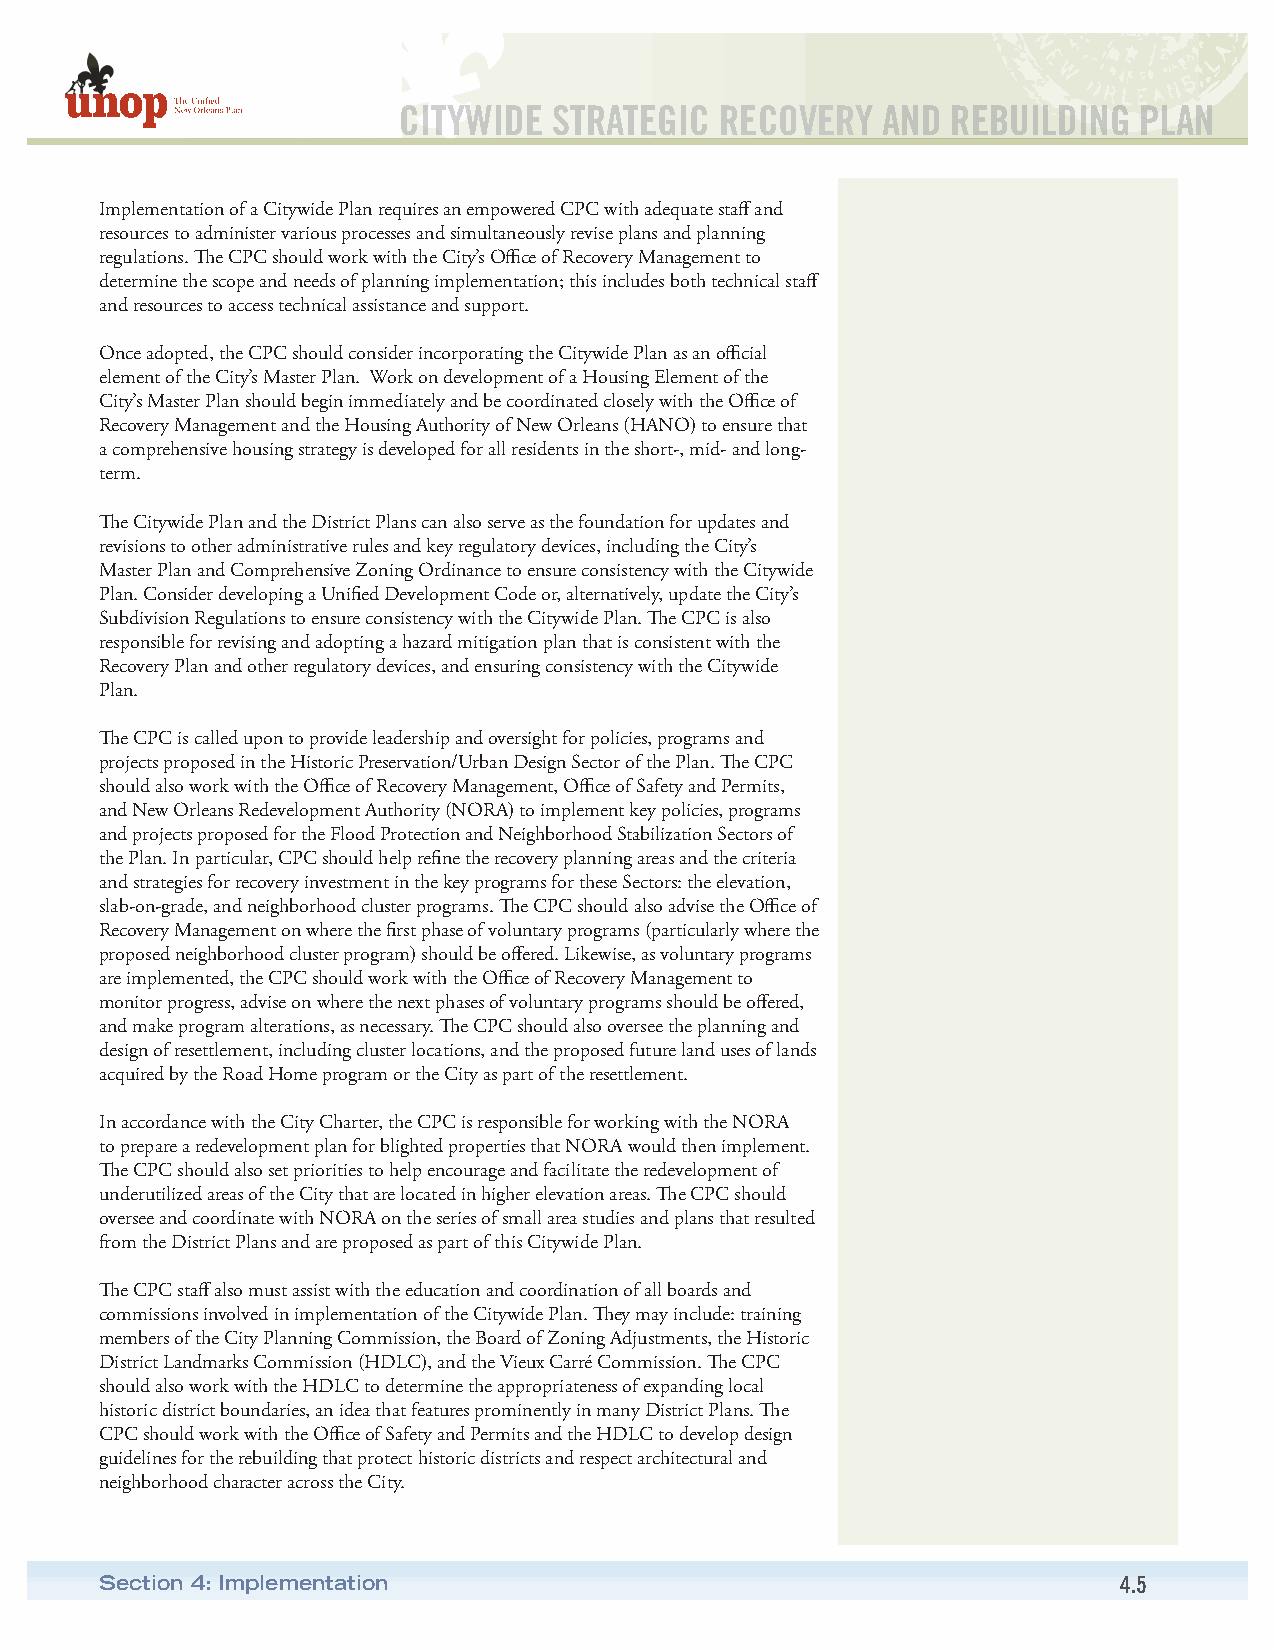
CITYWIDE   STRATEGIC  RECOVERY  AND  REBUILDING  PLAN
 Implementation of a Citywide Plan requires an empowered CPC with adequate staff and
 resources to administer various processes and simultaneously revise plans and planning
 regulations. The CPC should work with the City’s Office of Recovery Management to
 determine the scope and needs of planning implementation; this includes both technical staff
 and resources to access technical assistance and support.
 Once adopted, the CPC should consider incorporating the Citywide Plan as an official
 element of the City’s Master Plan. Work on development of a Housing Element of the
 City’s Master Plan should begin immediately and be coordinated closely with the Office of
 Recovery Management and the Housing Authority of New Orleans (HANO) to ensure that
 a comprehensive housing strategy is developed for all residents in the short-, mid- and long-
 term.
 The Citywide Plan and the District Plans can also serve as the foundation for updates and
 revisions to other administrative rules and key regulatory devices, including the City’s
 Master Plan and Comprehensive Zoning Ordinance to ensure consistency with the Citywide
 Plan. Consider developing a Unified Development Code or, alternatively, update the City’s
 Subdivision Regulations to ensure consistency with the Citywide Plan. The CPC is also
 responsible for revising and adopting a hazard mitigation plan that is consistent with the
 Recovery Plan and other regulatory devices, and ensuring consistency with the Citywide
 Plan.
 The CPC is called upon to provide leadership and oversight for policies, programs and
 projects proposed in the Historic Preservation/Urban Design Sector of the Plan. The CPC
 should also work with the Office of Recovery Management, Office of Safety and Permits,
 and New Orleans Redevelopment Authority (NORA) to implement key policies, programs
 and projects proposed for the Flood Protection and Neighborhood Stabilization Sectors of
 the Plan. In particular, CPC should help refine the recovery planning areas and the criteria
 and strategies for recovery investment in the key programs for these Sectors: the elevation,
 slab-on-grade, and neighborhood cluster programs. The CPC should also advise the Office of
 Recovery Management on where the first phase of voluntary programs (particularly where the
 proposed neighborhood cluster program) should be offered. Likewise, as voluntary programs
 are implemented, the CPC should work with the Office of Recovery Management to
 monitor progress, advise on where the next phases of voluntary programs should be offered,
 and make program alterations, as necessary. The CPC should also oversee the planning and
 design of resettlement, including cluster locations, and the proposed future land uses of lands
 acquired by the Road Home program or the City as part of the resettlement.
 In accordance with the City Charter, the CPC is responsible for working with the NORA
 to prepare a redevelopment plan for blighted properties that NORA would then implement.
 The CPC should also set priorities to help encourage and facilitate the redevelopment of
 underutilized areas of the City that are located in higher elevation areas. The CPC should
 oversee and coordinate with NORA on the series of small area studies and plans that resulted
 from the District Plans and are proposed as part of this Citywide Plan.
 The CPC staff also must assist with the education and coordination of all boards and
 commissions involved in implementation of the Citywide Plan. They may include: training
 members of the City Planning Commission, the Board of Zoning Adjustments, the Historic
 District Landmarks Commission (HDLC), and the Vieux Carré Commission. The CPC
 should also work with the HDLC to determine the appropriateness of expanding local
 historic district boundaries, an idea that features prominently in many District Plans. The
 CPC should work with the Office of Safety and Permits and the HDLC to develop design
 guidelines for the rebuilding that protect historic districts and respect architectural and
 neighborhood character across the City.
 Section 4: Implementation                                          4.5